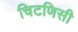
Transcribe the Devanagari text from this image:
चिटणिसी